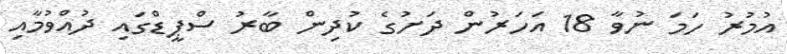
އުމުރު ހަމަ ނުވާ 18 އަހަރުން ދަށުގެ ކުދިން ބާރު ސްޕީޑްގައި ދުއްވުމާއި